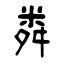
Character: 粦